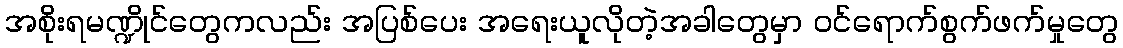
အစိုးရမဏ္ဍိုင်တွေကလည်း အပြစ်ပေး အရေးယူလိုတဲ့အခါတွေမှာ ဝင်ရောက်စွက်ဖက်မှုတွေ